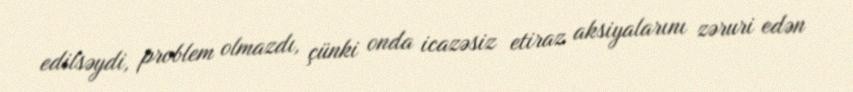
edilsəydi, problem olmazdı, çünki onda icazəsiz etiraz aksiyalarını zəruri edən